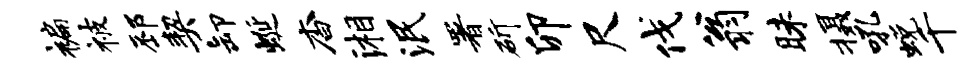
褊被邳契卸蜒杳湘泯署斫卯尺伐翁昧摄吼蜕千